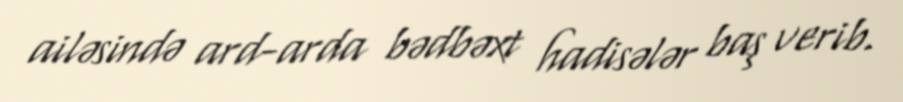
ailəsində ard-arda bədbəxt hadisələr baş verib.